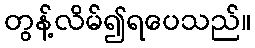
တွန့်လိမ်၍ရပေသည်။